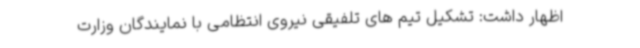
اظهار داشت: تشکیل تیم های تلفیقی نیروی انتظامی با نمایندگان وزارت